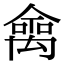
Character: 𠎘